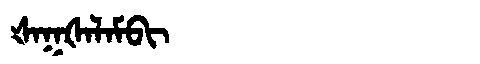
Manchu: ᡧᠠᡴᡧᠠᠯᠠᠮᠪᡳ
Romanization: ŠAKŠALAMBI